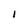
Character: l